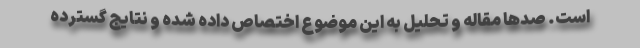
است. صدها مقاله و تحلیل به این موضوع اختصاص داده شده و نتایج گسترده